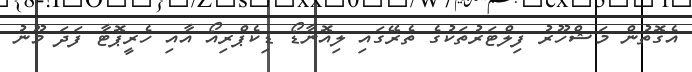
އެގޮތުން މަޝްހޫރު ފިލްޓަރުތަކުގެ ތެރޭގައި ލިއޮނާޑޯ ޑިކެޕްރިއޯ އާއި ހެރީޕޮޓާ ފަދަ މޫނު